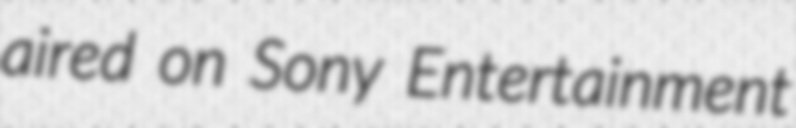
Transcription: aired on Sony Entertainment